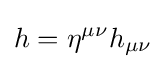
h=\eta ^{\mu \nu }h_{\mu \nu }